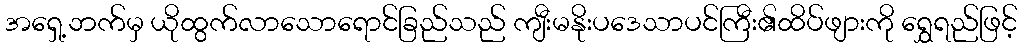
အရှေ့ဘက်မှ ယိုထွက်လာသောရောင်ခြည်သည် ကျီးမနိုးပဒေသာပင်ကြီး၏ထိပ်ဖျားကို ရွှေရည်ဖြင့်